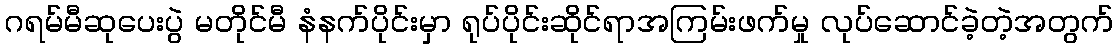
ဂရမ်မီဆုပေးပွဲ မတိုင်မီ နံနက်ပိုင်းမှာ ရုပ်ပိုင်းဆိုင်ရာအကြမ်းဖက်မှု လုပ်ဆောင်ခဲ့တဲ့အတွက်